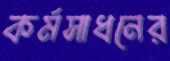
কর্মসাধনের